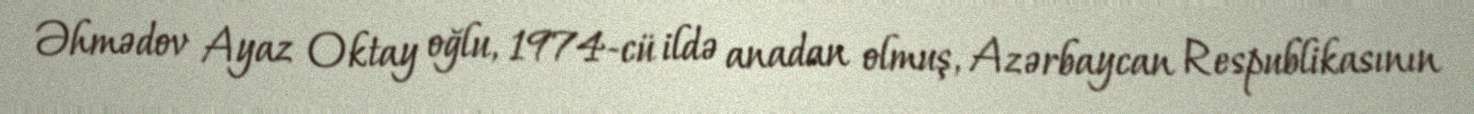
Əhmədov Ayaz Oktay oğlu, 1974-cü ildə anadan olmuş, Azərbaycan Respublikasının